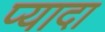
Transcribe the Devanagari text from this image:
प्‍यादा